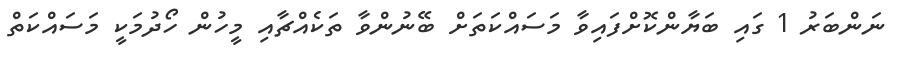
ނަންބަރު 1 ގައި ބަޔާންކޮށްފައިވާ މަސައްކަތަށް ބޭނުންވާ ތަކެއްޗާއި މީހުން ހޯދުމަކީ މަސައްކަތް